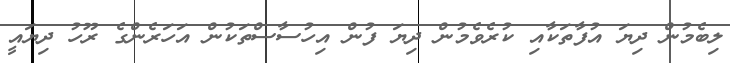
ލިބެމުން ދިޔަ އުފާތަކާއި ކުރެވެމުން ދިޔަ ފުން އިހުސާސްތަކުން އަހަރެންގެ ރޫހު ދިޔައީ